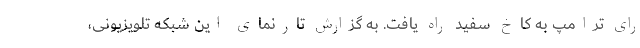
رای ترامپ به کاخ سفید راه یافت. به گزارش تارنمای این شبکه تلویزیونی،